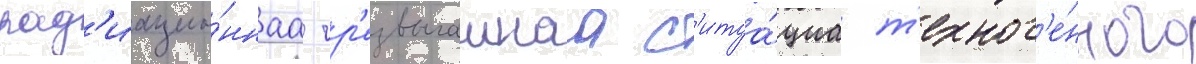
рад'иацио́ннаа чр'езвычаинаа с'итуа́циа т'ехног'е́нного